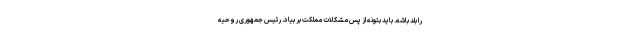
را بلد باشه. باید بتونه از پس مشکلات مملکت بر بیاد. رئیس جمهوری روحیه